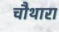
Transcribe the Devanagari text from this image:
चौथारा